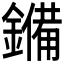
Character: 𮣆